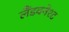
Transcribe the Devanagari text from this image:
लैंडक्नेश्ट